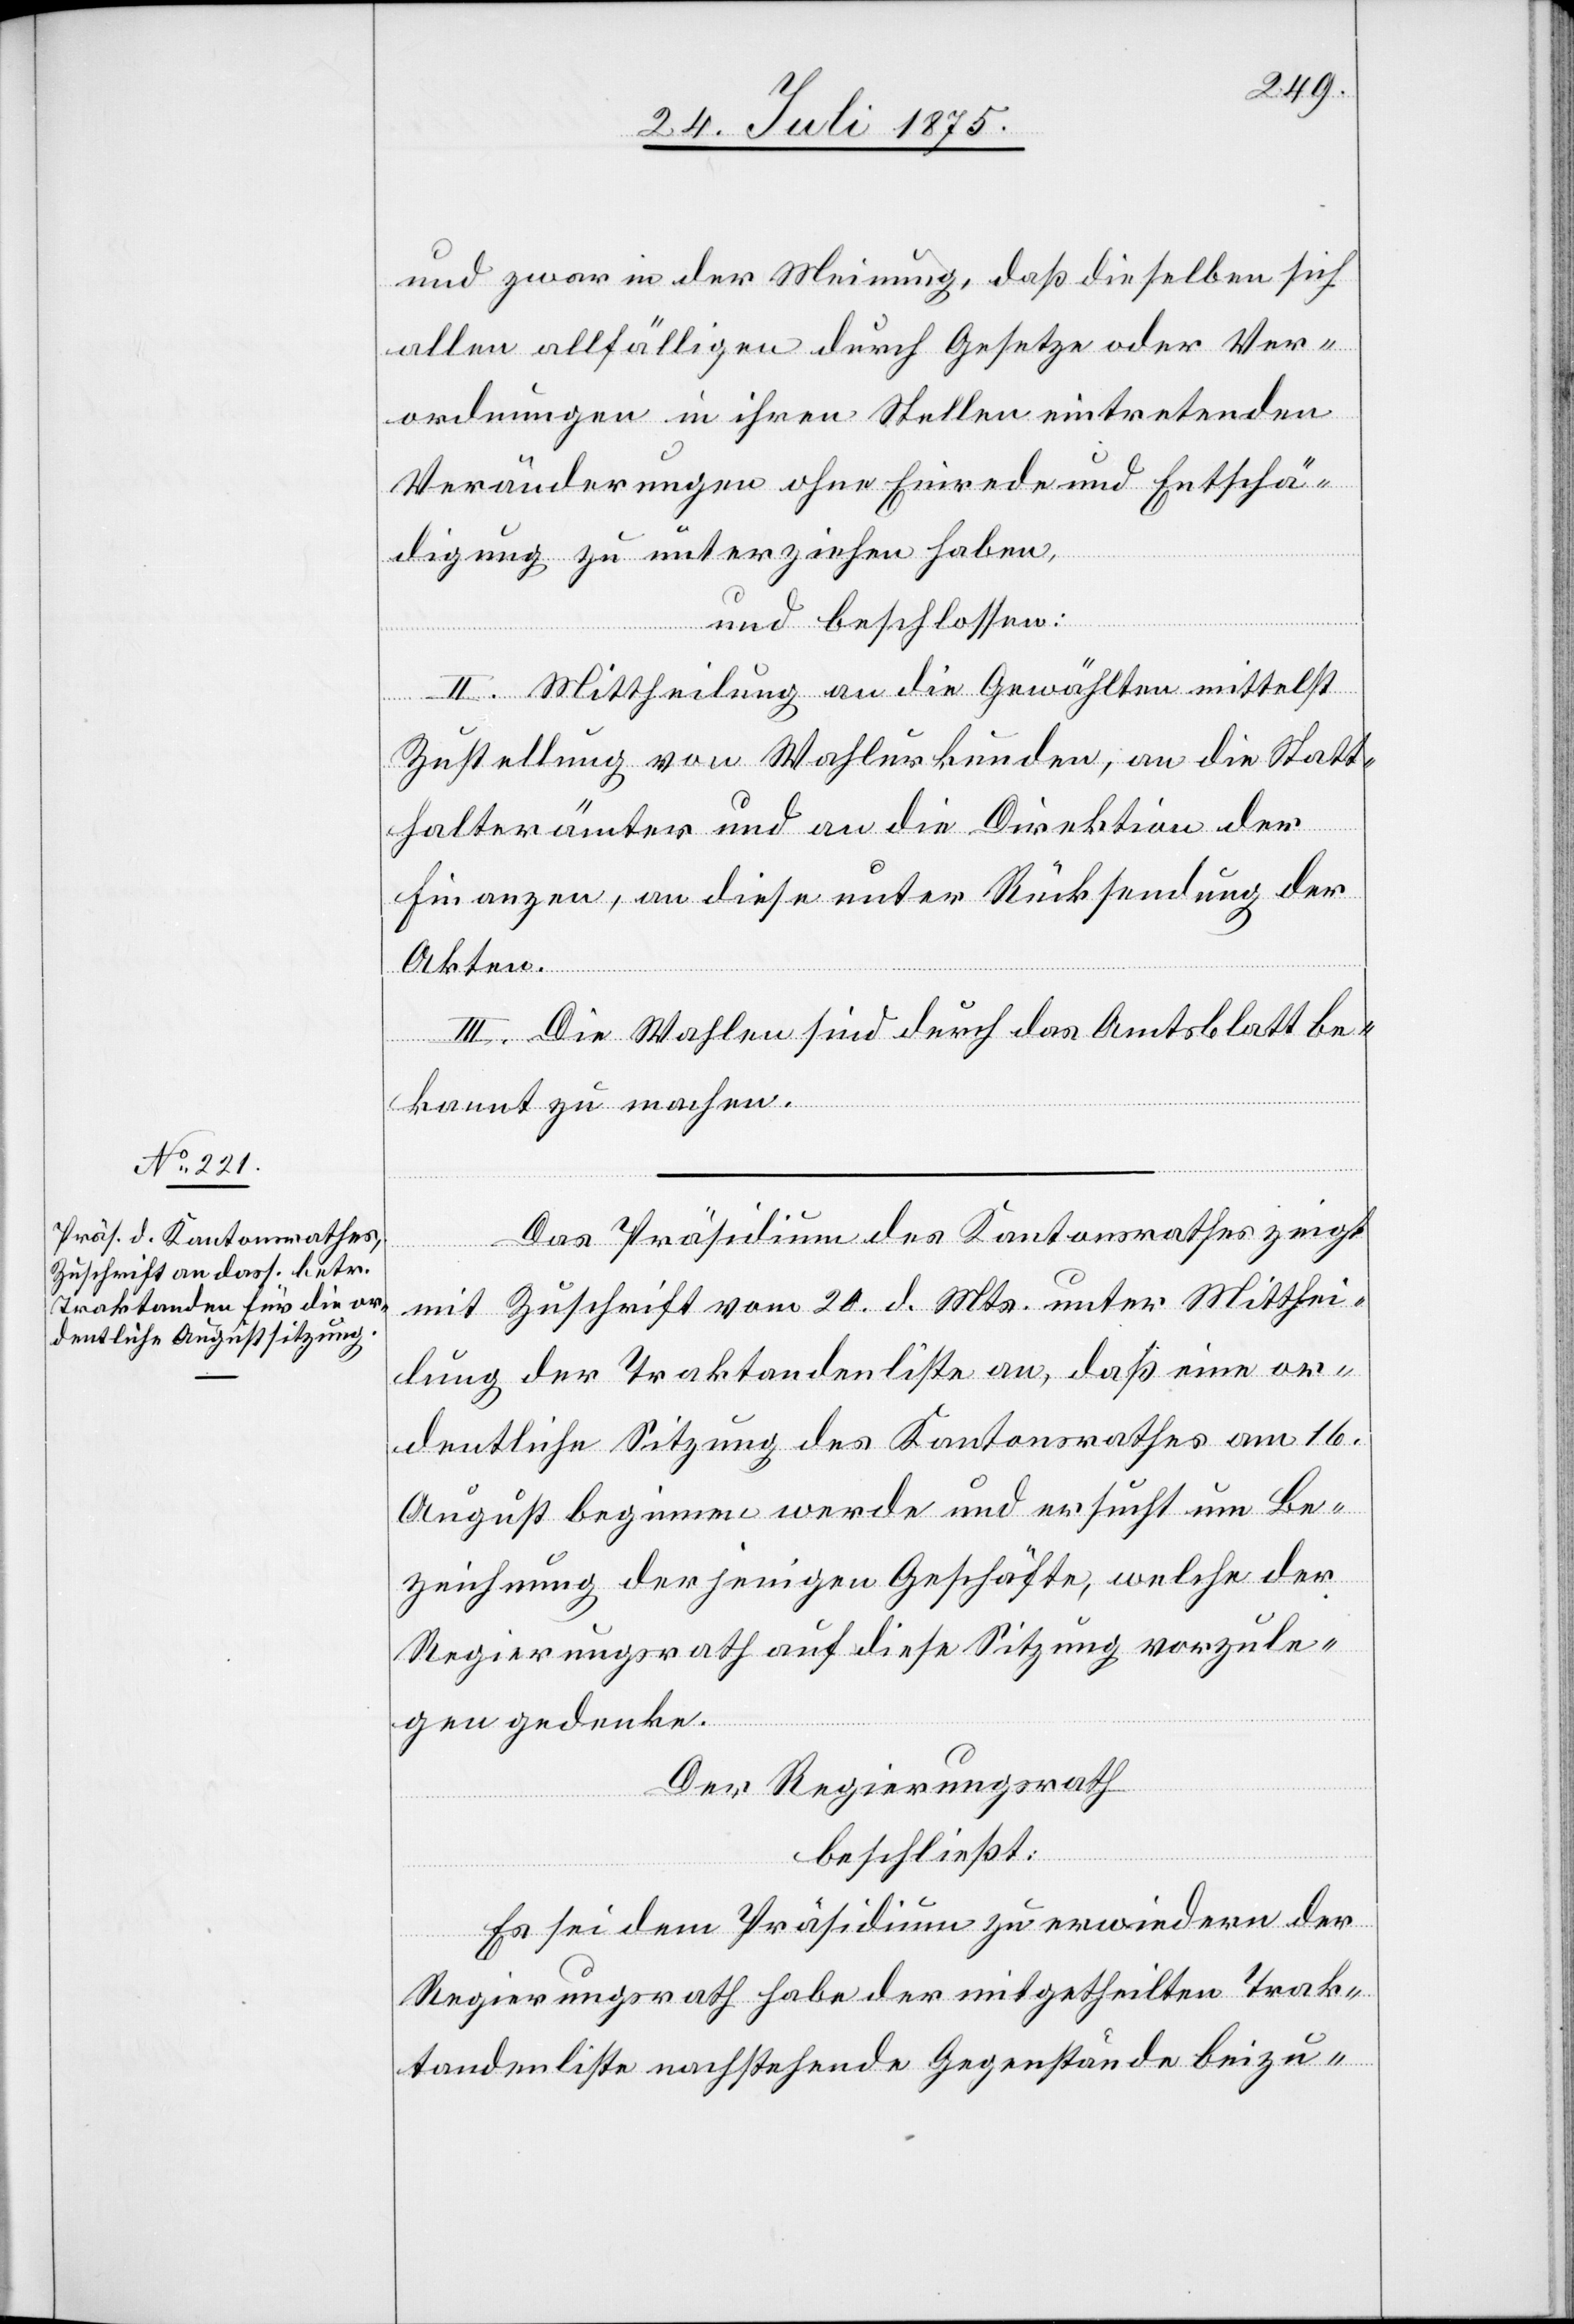
und zwar in der Meinung daß dieselben sich
Veränderungen ohne Einrede und Entschä¬
digung zu unterziehen haben,
und beschlossen:
II. Mittheilung an die Gewählten mittelst
Zustellung von Wahlurkunden, an die Statt¬
nden
halterämter und an die Direktion der
Finanzen, an diese unter Rücksendung der
Akten.
III. Die Wahlen sind durch das Amtsblatt be¬
in
kannt zu machen.
Das Präsidium des Kantonsrathes zeigt
mit Zuschrift vom 20. d. Mts. unter Mitthei¬
lung der Traktandenliste an, daß eine or¬
dentliche Sitzung des Kantonsrathes am 16.
August beginnen werde und er sucht um Be¬
zeichnung derjenigen Geschäfte, welche der
Regierungsrath auf diese Sitzung vorzule¬
gen gedenke.
Der Regierungsrath,
beschließt:
Es sei dem Präsidium zu erwiedern der
Regierungsrath habe der mitgetheilten Trak¬
tandenliste nachstehende Gegenstände beizu-